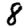
Digit: 8